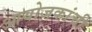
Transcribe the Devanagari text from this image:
आयोजकांची